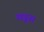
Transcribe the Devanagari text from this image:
खडूस